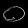
Digit: ၀